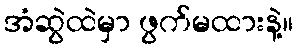
အံဆွဲထဲမှာ ဖွက်မထားနဲ့။